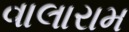
વાલારામ